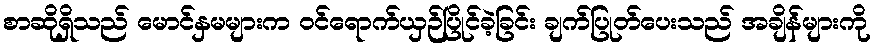
စာဆိုရှိသည် မောင်နှမများက ဝင်ရောက်ယှဉ်ပြိုင်ခဲ့ခြင်း ချက်ပြုတ်ပေးသည် အချိန်များကို